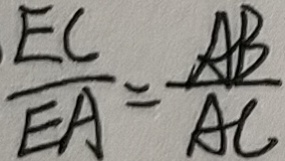
\frac { E C } { E A } = \frac { A B } { A C }